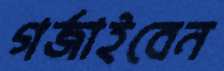
গর্জাইবেন